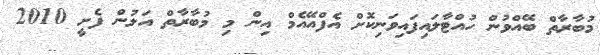
މުބާރާތް ބޭއްވުން ހުއްޓާލައިފައިވަނިކޮށް އެފްއޭއެމް އިން މި މުބާރާތް އަލުން ފެށީ 2010